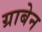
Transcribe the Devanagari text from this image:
ग्राबेन